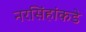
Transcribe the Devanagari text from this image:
नरसिंहांकडे